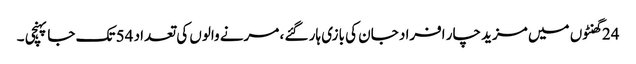
24 گھنٹوں میں مزید چار افراد جان کی بازی ہار گئے ، مرنے والوں کی تعداد 54 تک جا پہنچی ۔